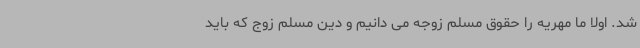
شد. اولا ما مهریه را حقوق مسلم زوجه می دانیم و دین مسلم زوج که باید